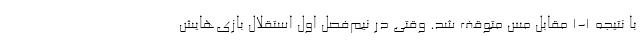
با نتیجه 1-1 مقابل مس متوقف شد. وقتی در نیم‌فصل اول استقلال بازی‌هایش